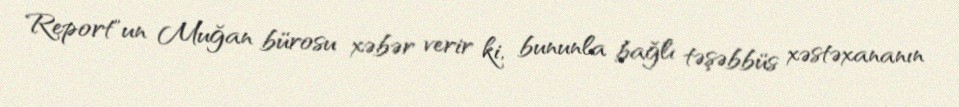
Report"un Muğan bürosu xəbər verir ki, bununla bağlı təşəbbüs xəstəxananın